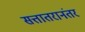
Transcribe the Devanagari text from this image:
सत्तातरानंतर